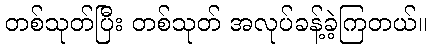
တစ်သုတ်ပြီး တစ်သုတ် အလုပ်ခန့်ခဲ့ကြတယ်။